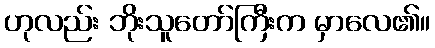
ဟုလည်း ဘိုးသူတော်ကြီးက မှာလေ၏။